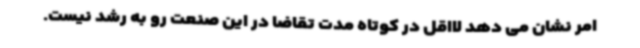
امر نشان می دهد لااقل در کوتاه مدت تقاضا در این صنعت رو به رشد نیست.